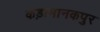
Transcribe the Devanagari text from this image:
कड़ामानकपुर